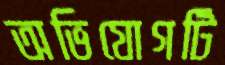
অভিযোগটি